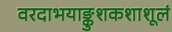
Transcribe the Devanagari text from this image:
वरदाभयाङ्कुशकशाशूलं